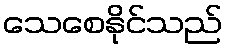
သေစေနိုင်သည်